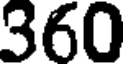
360